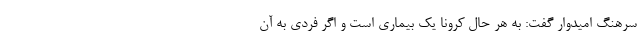
سرهنگ امیدوار گفت: به هر حال کرونا یک بیماری است و اگر فردی به آن